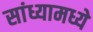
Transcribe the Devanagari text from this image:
सांध्यामध्ये